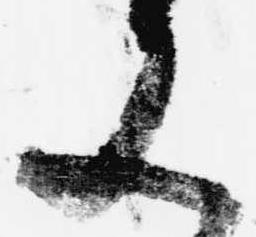
又